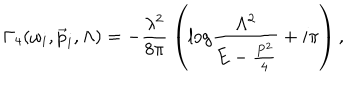
LaTeX: \Gamma _ { 4 } ( \omega _ { i } , \vec { p } _ { i } , \Lambda ) = - \frac { \lambda ^ { 2 } } { 8 \pi } \: \left( \mathrm { l o g } \frac { \Lambda ^ { 2 } } { E - \frac { P ^ { 2 } } { 4 } } + i \pi \right) ,